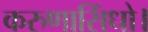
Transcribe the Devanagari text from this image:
करुणासिंधो।